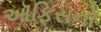
ઑફિસનો